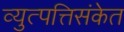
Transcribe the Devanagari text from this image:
व्युत्पत्तिसंकेत